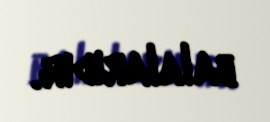
balalarıdır.